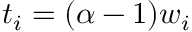
t _ { i } = ( \alpha - 1 ) w _ { i }